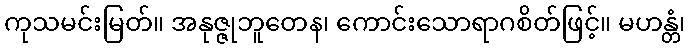
ကုသမင်းမြတ်။ အနုဇ္ဇုဘူတေန၊ ကောင်းသောရာဂစိတ်ဖြင့်။ မဟန္တံ၊